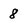
Character: 8